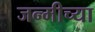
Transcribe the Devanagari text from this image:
जन्मीच्या